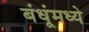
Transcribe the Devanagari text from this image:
बंधूंमध्ये